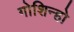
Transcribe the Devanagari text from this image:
गोशिन्हो